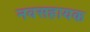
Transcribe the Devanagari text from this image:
नवसहायक